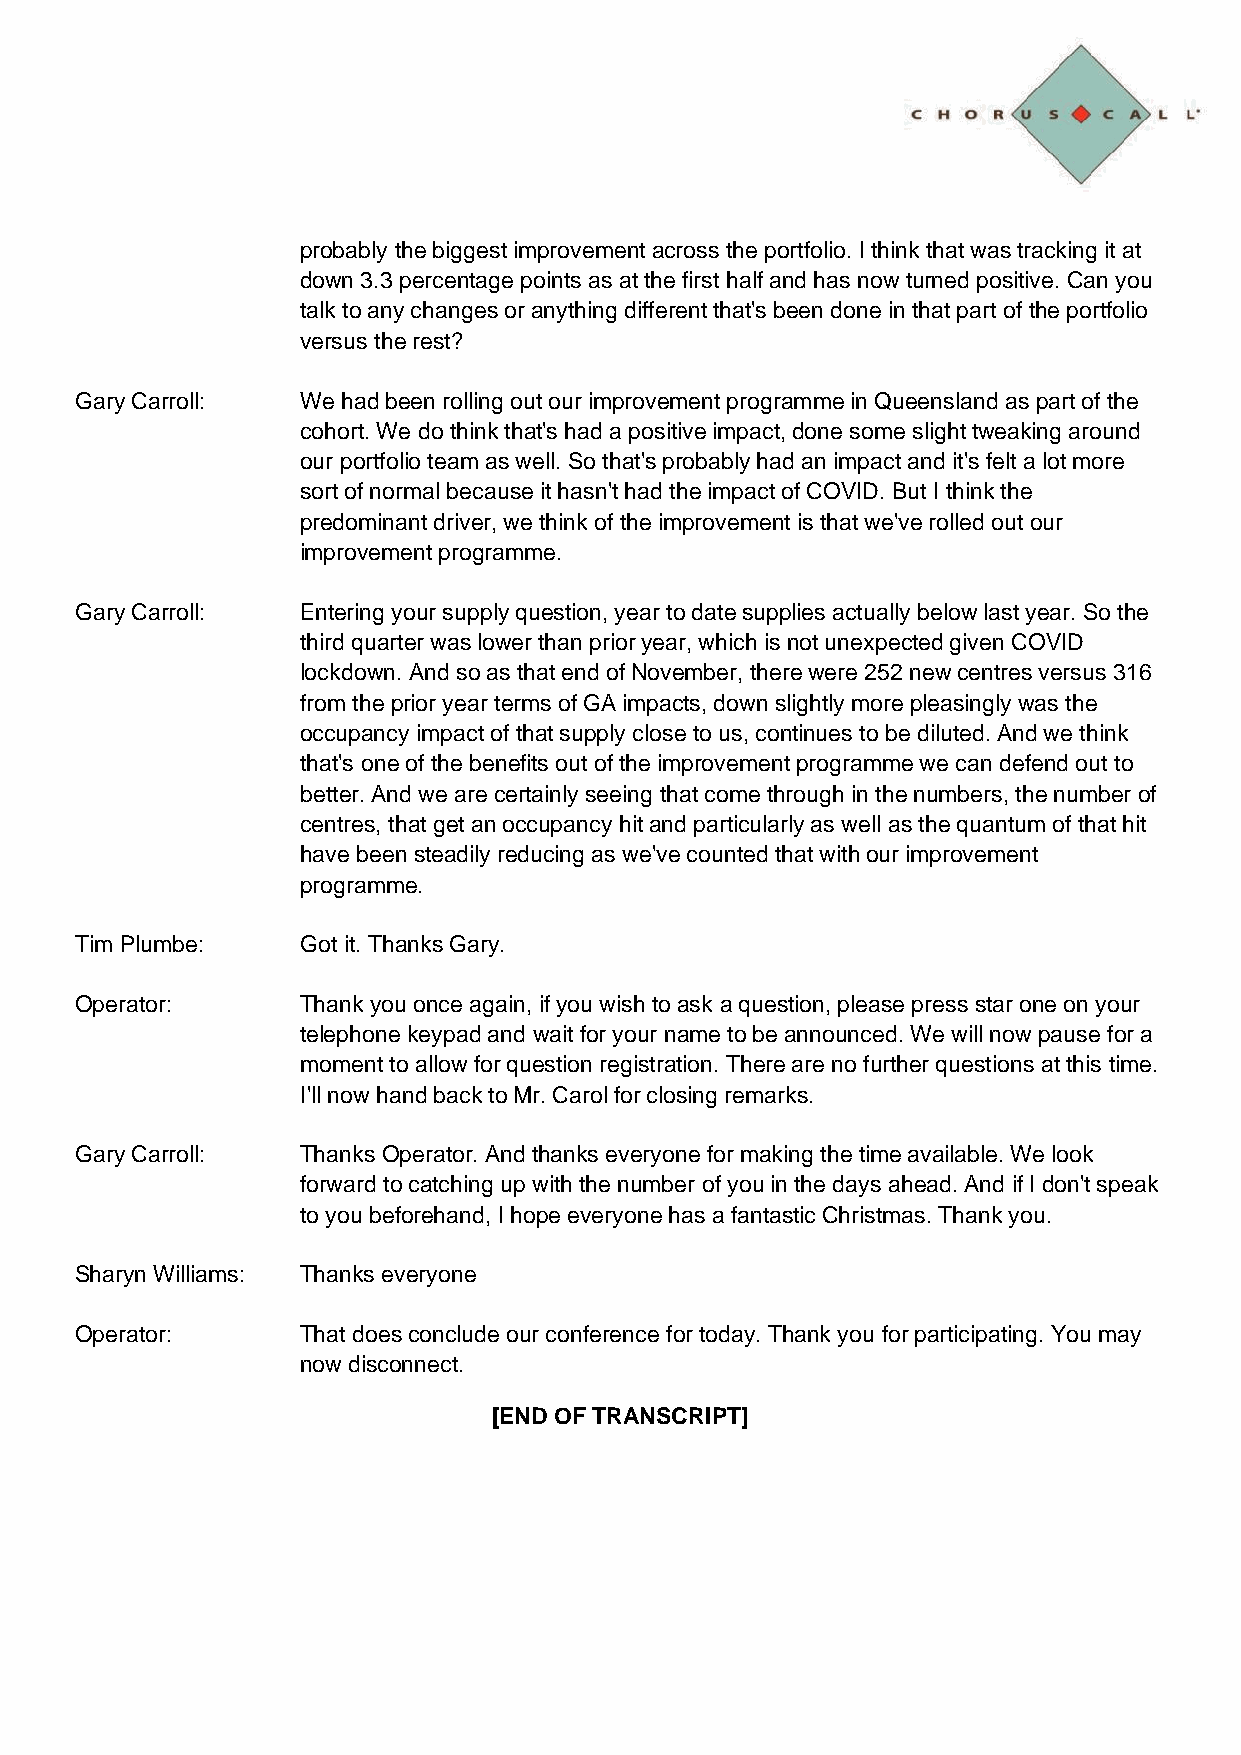
probably the biggest improvement across the portfolio. I think that was tracking it at
 down 3.3 percentage points as at the first half and has now turned positive. Can you
 talk to any changes or anything different that's been done in that part of the portfolio
 versus the rest?
 Gary Carroll:  We had been rolling out our improvement programme in Queensland as part of the
 cohort. We do think that's had a positive impact, done some slight tweaking around
 our portfolio team as well. So that's probably had an impact and it's felt a lot more
 sort of normal because it hasn't had the impact of COVID. But I think the
 predominant driver, we think of the improvement is that we've rolled out our
 improvement programme.
 Gary Carroll:  Entering your supply question, year to date supplies actually below last year. So the
 third quarter was lower than prior year, which is not unexpected given COVID
 lockdown. And so as that end of November, there were 252 new centres versus 316
 from the prior year terms of GA impacts, down slightly more pleasingly was the
 occupancy impact of that supply close to us, continues to be diluted. And we think
 that's one of the benefits out of the improvement programme we can defend out to
 better. And we are certainly seeing that come through in the numbers, the number of
 centres, that get an occupancy hit and particularly as well as the quantum of that hit
 have been steadily reducing as we've counted that with our improvement
 programme.
 Tim Plumbe:    Got it. Thanks Gary.
 Operator:      Thank you once again, if you wish to ask a question, please press star one on your
 telephone keypad and wait for your name to be announced. We will now pause for a
 moment to allow for question registration. There are no further questions at this time.
 I'll now hand back to Mr. Carol for closing remarks.
 Gary Carroll:  Thanks Operator. And thanks everyone for making the time available. We look
 forward to catching up with the number of you in the days ahead. And if I don't speak
 to you beforehand, I hope everyone has a fantastic Christmas. Thank you.
 Sharyn Williams: Thanks everyone
 Operator:      That does conclude our conference for today. Thank you for participating. You may
 now disconnect.
 [END OF TRANSCRIPT]